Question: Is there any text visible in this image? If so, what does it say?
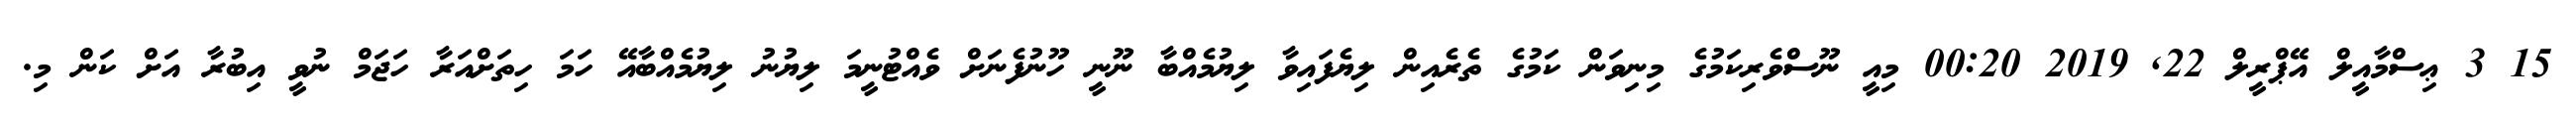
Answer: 15 3 ޢިސްމާއީލް އޭޕްރީލް 22, 2019 00:20 މިއީ ނޫސްވެރިކަމުގެ މިނިވަން ކަމުގެ ތެރެއިން ލިޔެފައިވާ ލިޔުމެއްބާ ނޫނީ ހޫނުފެނަށް ވެއްޓުނީމަ ލިޔުނު ލިޔުމެއްބާއޭ ހަމަ ހިތަށްއަރާ ހަޖަމް ނުވީ އިބުރާ އަށް ކަން މި.